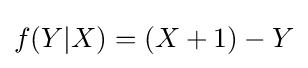
f(Y|X)=(X+1)-Y